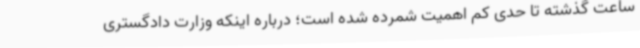
ساعت گذشته تا حدی کم اهمیت شمرده شده است؛ درباره اینکه وزارت دادگستری